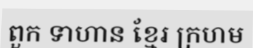
ពួក ទាហាន ខ្មែរ ក្រហម